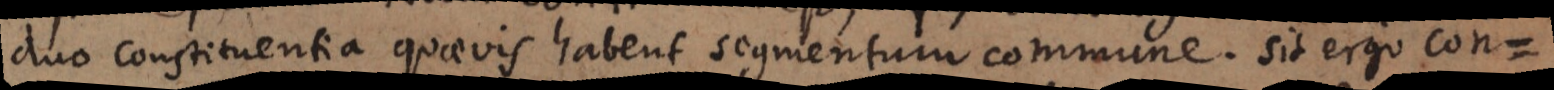
duo constituentia quaevis habent segmentum commune. sit ergo con =